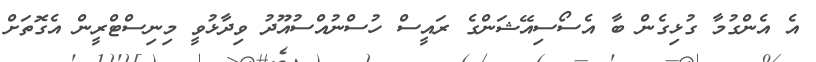
އެ އެންގުމާ ގުޅިގެން ބާ އެސޯސިއޭޝަންގެ ރައީސް ހުސްނުއްސުއޫދު ވިދާޅުވީ މިނިސްޓްރީން އެގޮތަށް